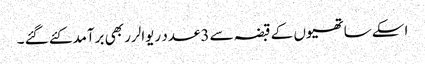
اسکے ساتھیوں کے قبضہ سے 3عدد ریوالرر بھی برآمدکئے گئے ۔